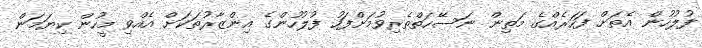
ފުލުހުން އެތަށް ފަހަރެއްގެ މަތިން ނަސޭހަތްތެރިވުމަށްފަހު ފުލުހުންގެ އިންޒާރުތަކަށް އެއްވި މީހުން ކިޔަމަން